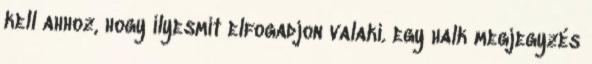
kell ahhoz, hogy ilyesmit elfogadjon valaki. egy halk megjegyzés